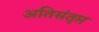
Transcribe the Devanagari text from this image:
अतिसंतृप्त